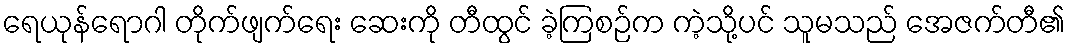
ရေယုန်ရောဂါ တိုက်ဖျက်ရေး ဆေးကို တီထွင် ခဲ့ကြစဉ်က ကဲ့သို့ပင် သူမသည် အေဇက်တီ၏